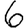
Digit: 6